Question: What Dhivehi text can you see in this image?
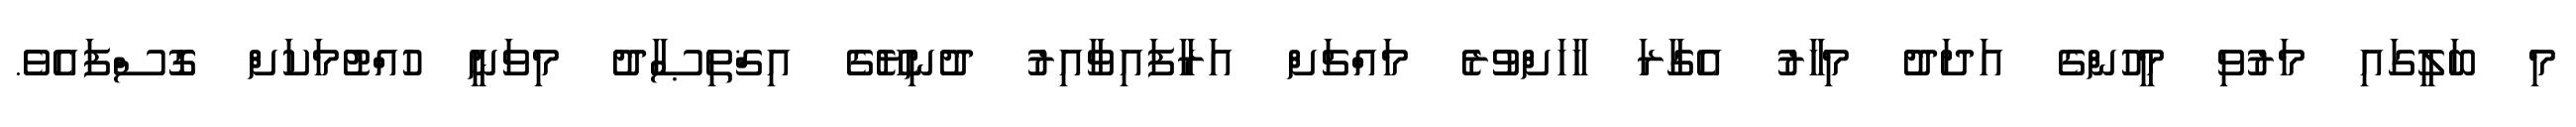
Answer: މި ބަލީގައި މަރުވި މީހުންގެ އަދަދު މިހާރު އެގާރަ ހާހަށްވުރެ މައްޗަށް އަރާފައިވާއިރު ދުނިޔޭގެ އިޤްތިޞާދު މިވަނީ ހުއްޓުމަކަށް ގޮސްފައެވެ.